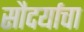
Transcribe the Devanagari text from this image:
सौदर्याचा